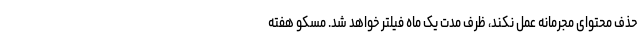
حذف محتوای مجرمانه عمل نکند، ظرف مدت یک ماه فیلتر خواهد شد. مسکو هفته